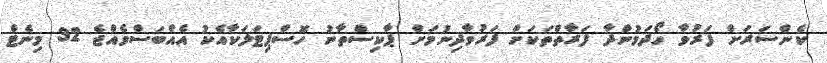
ކެންސަރަށް ފަރުވާ ހޯދަމުންދާ ފަރާތްތަކަށް ފަރުވާދިނުމަށް ޕާކިސްތާނު ހޮސްޕިޓަލަކާއެކު އެއްބަސްވެއްޖެ 32 މިނެޓް